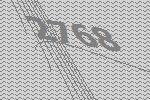
2768